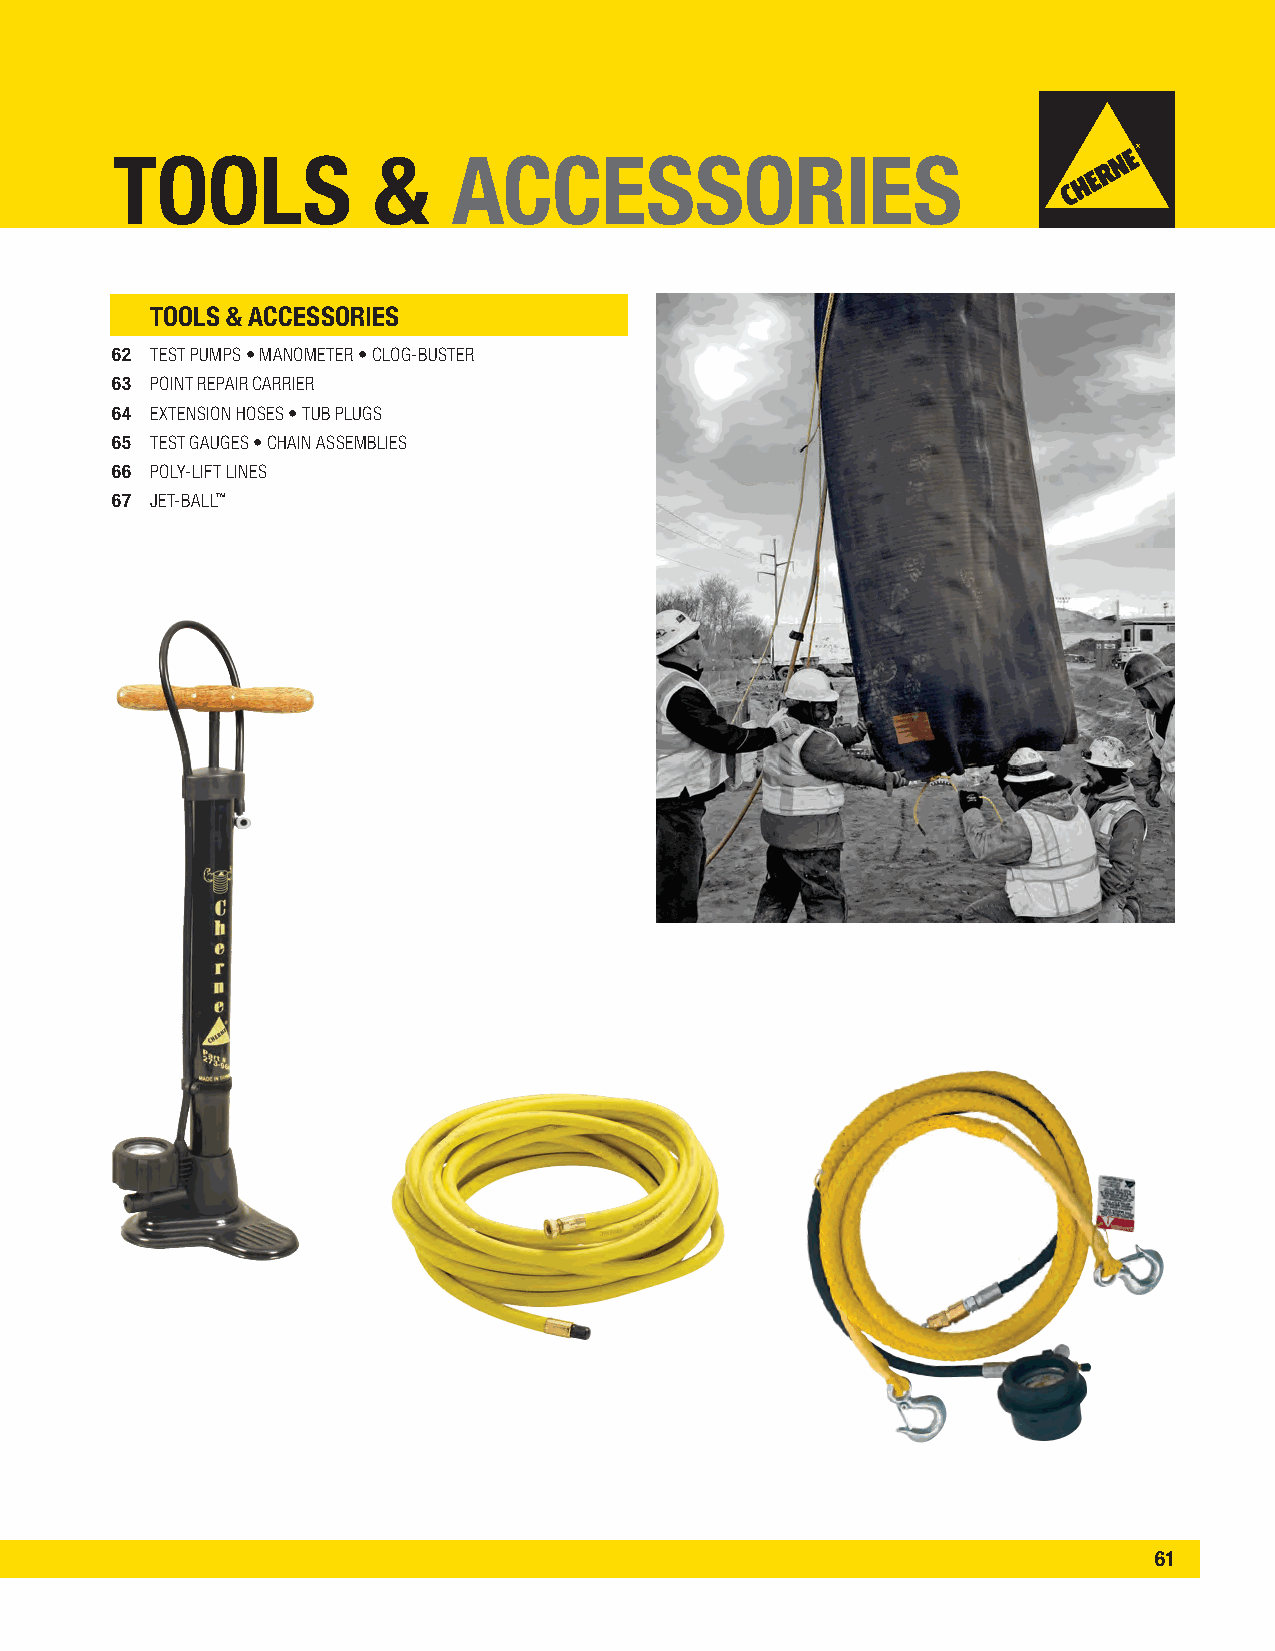
TOOLS             &    ACCESSORIES
 TOOLS & ACCESSORIES
 62 TEST PUMPS • MANOMETER • CLOG-BUSTER
 63 POINT REPAIR CARRIER
 64 EXTENSION HOSES • TUB PLUGS
 65 TEST GAUGES • CHAIN ASSEMBLIES
 66 POLY-LIFT LINES
 67 JET-BALL™
 61